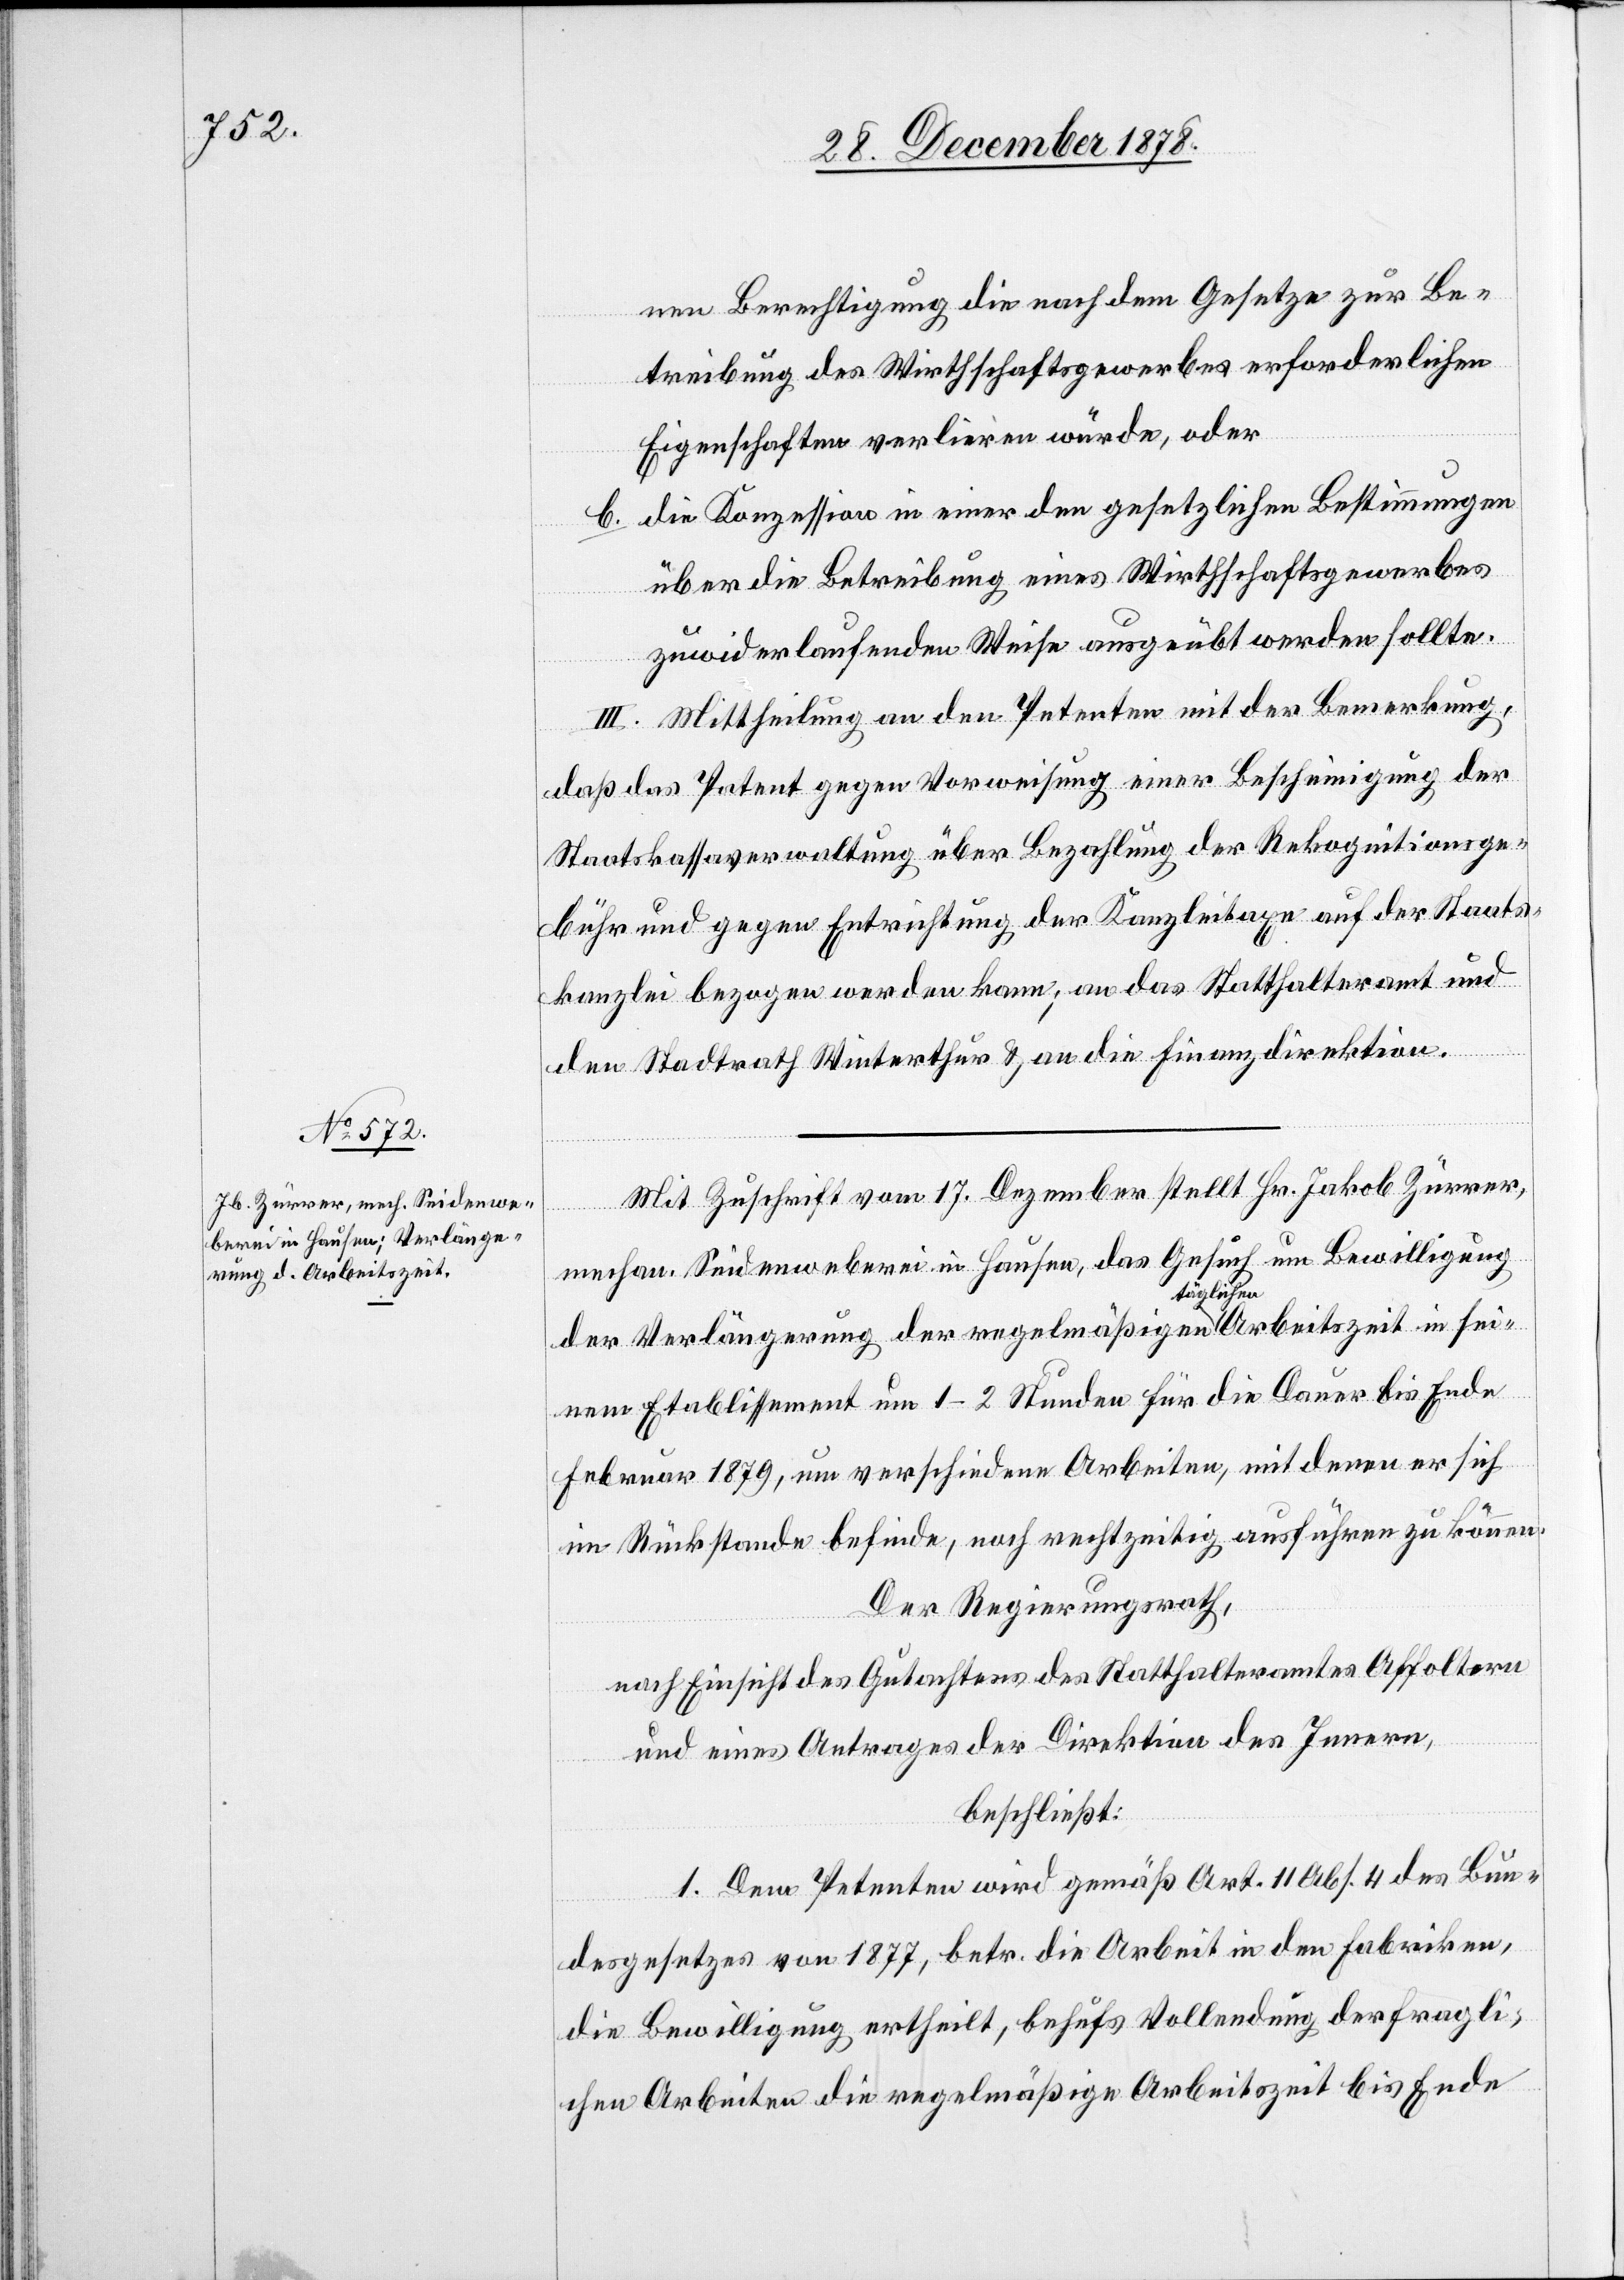
nen Berechtigung die nach dem Gesetze zur Be¬
treibung des Wirthschaftsgewerbes erforderlichen
Eigenschaften verlieren würde, oder
die Konzession in einer den gesetzlichen Bestimmungen
über die Betreibung eines Wirthschaftsgewerbes
zuwiderlaufenden Weise ausgeübt werden sollte.
III. Mittheilung an den Petenten mit der Bemerkung,
daß das Patent gegen Vorweisung einer Bescheinigung der
Staatskassaverwaltung über Bezahlung der Rekognitionsge¬
bühr und gegen Entrichtung der Kanzleitaxe auf der Staats¬
kanzlei bezogen werden kann; an das Statthalteramt und
den Stadtrath Winterthur & an die Finanzdirektion.
Mit Zuschrift vom 17. Dezember stellt Hr. Jakob Zürrer,
mechan. Seidenweberei in Hausen, das Gesuch um Bewilligung
der Verlängerung der regelmäßigen täglichen Arbeitszeit in sei¬
nem Etablissement um 1–2 Stunden für die Dauer bis Ende
Februar 1879, um verschiedene Arbeiten, mit denen er sich
im Rückstande befinde, noch rechtzeitig ausführen zu können.
Der Regierungsrath,
nach Einsicht des Gutachtens des Statthalteramtes Affoltern
und eines Antrages der Direktion des Innern,
beschließt:
1. Dem Petenten wird gemäß Art. 11 Abs. 4 des Bun¬
desgesetzes vom 1877, betr. die Arbeit in den Fabriken,
die Bewilligung ertheilt, behufs Vollendung der fragli¬
chen Arbeiten die regelmäßige Arbeitszeit bis Ende